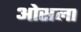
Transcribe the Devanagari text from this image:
ओसला